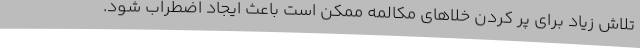
تلاش زیاد برای پر کردن خلاهای مکالمه ممکن است باعث ایجاد اضطراب شود.